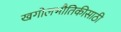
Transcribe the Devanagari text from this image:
खगोलभौतिकीसाठी